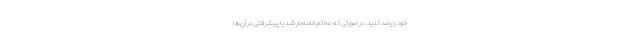
خود را رصد کنید. در صورتی که علائم ادامه‌دار شد یا پیشرفتی در آن‌ها